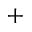
^ { + }